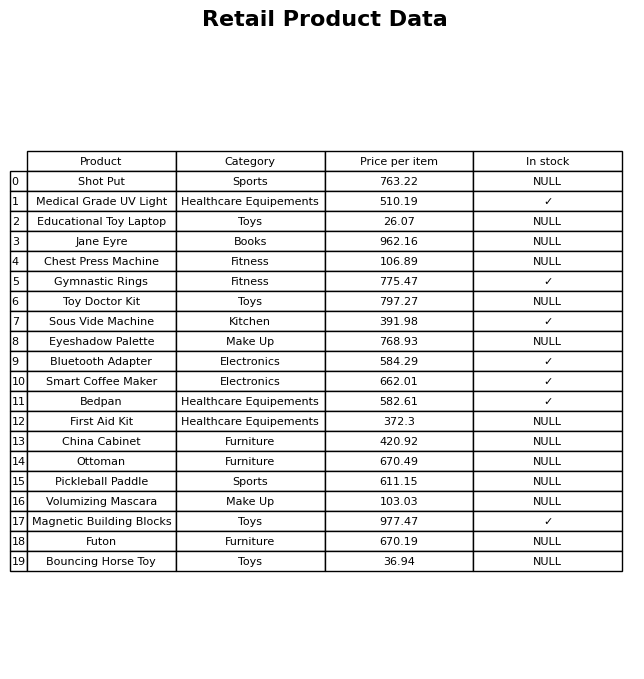
question: Which products are available in stock?
answer: Medical Grade UV Light, Gymnastic Rings, Sous Vide Machine, Bluetooth Adapter, Smart Coffee Maker, Bedpan, Magnetic Building Blocks